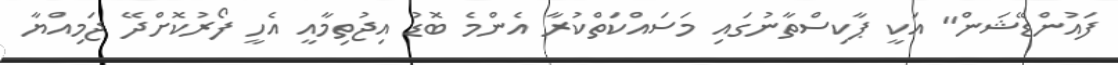
ފައުންޑޭޝަން" އަކީ ޕާކިސްތާނުގައި މަސައްކަތްކުރާ އެންމެ ބޮޑު އިޖުތިމާއީ އެހީ ފޯރުކޮށްދޭ ޖަމިއްޔާ